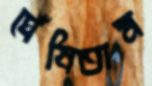
ঘেঁষিতাম